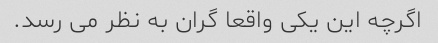
اگرچه این یکی واقعا گران به نظر می رسد.